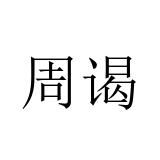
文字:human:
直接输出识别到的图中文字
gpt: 周谒